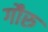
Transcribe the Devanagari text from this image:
गौरु